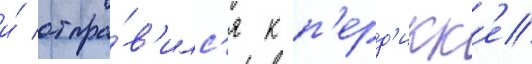
и́ отпра́в'илс'я к п'ерд'икк'е